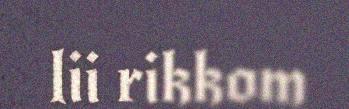
lii rikkom